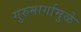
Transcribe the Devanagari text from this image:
गुरुमार्गामुळे